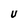
Character: V